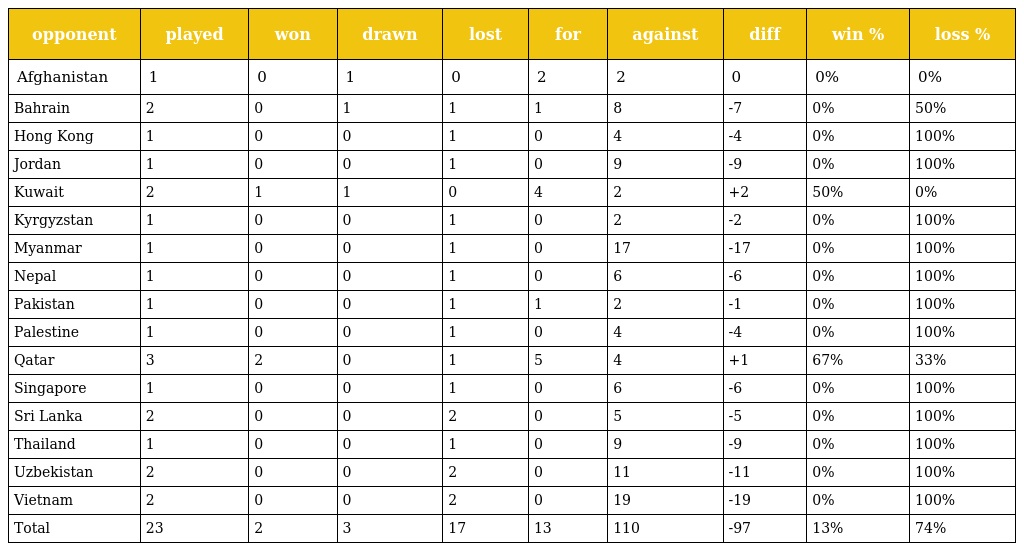
| opponent | played | won | drawn | lost | for | against | diff | win % | loss % |
 | --- | --- | --- | --- | --- | --- | --- | --- | --- | --- |
 | Afghanistan | 1 | 0 | 1 | 0 | 2 | 2 | 0 | 0% | 0% |
 | Bahrain | 2 | 0 | 1 | 1 | 1 | 8 | -7 | 0% | 50% |
 | Hong Kong | 1 | 0 | 0 | 1 | 0 | 4 | -4 | 0% | 100% |
 | Jordan | 1 | 0 | 0 | 1 | 0 | 9 | -9 | 0% | 100% |
 | Kuwait | 2 | 1 | 1 | 0 | 4 | 2 | +2 | 50% | 0% |
 | Kyrgyzstan | 1 | 0 | 0 | 1 | 0 | 2 | -2 | 0% | 100% |
 | Myanmar | 1 | 0 | 0 | 1 | 0 | 17 | -17 | 0% | 100% |
 | Nepal | 1 | 0 | 0 | 1 | 0 | 6 | -6 | 0% | 100% |
 | Pakistan | 1 | 0 | 0 | 1 | 1 | 2 | -1 | 0% | 100% |
 | Palestine | 1 | 0 | 0 | 1 | 0 | 4 | -4 | 0% | 100% |
 | Qatar | 3 | 2 | 0 | 1 | 5 | 4 | +1 | 67% | 33% |
 | Singapore | 1 | 0 | 0 | 1 | 0 | 6 | -6 | 0% | 100% |
 | Sri Lanka | 2 | 0 | 0 | 2 | 0 | 5 | -5 | 0% | 100% |
 | Thailand | 1 | 0 | 0 | 1 | 0 | 9 | -9 | 0% | 100% |
 | Uzbekistan | 2 | 0 | 0 | 2 | 0 | 11 | -11 | 0% | 100% |
 | Vietnam | 2 | 0 | 0 | 2 | 0 | 19 | -19 | 0% | 100% |
 | Total | 23 | 2 | 3 | 17 | 13 | 110 | -97 | 13% | 74% |